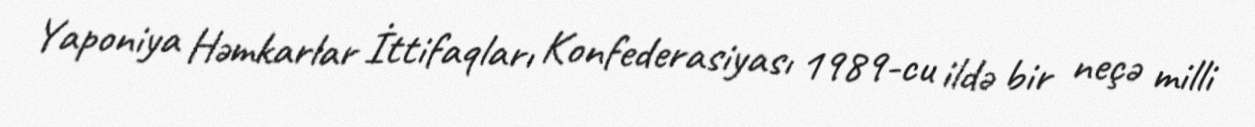
Yaponiya Həmkarlar İttifaqları Konfederasiyası 1989-cu ildə bir neçə milli